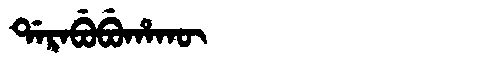
Manchu: ᡩᠠᡵᠠᠪᡠᠪᡠᡥᠠᡴᡡ
Romanization: DARABUBUHAKŪ